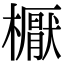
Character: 𣝓